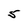
Character: 5